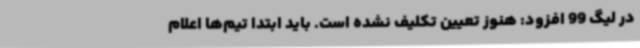
در لیگ 99 افزود: هنوز تعیین تکلیف نشده است. باید ابتدا تیم‌ها اعلام